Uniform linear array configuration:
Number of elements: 32
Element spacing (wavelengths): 0.25
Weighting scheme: hamming
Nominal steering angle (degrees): -45
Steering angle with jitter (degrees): -44.017
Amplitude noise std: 0.05
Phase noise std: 0.05

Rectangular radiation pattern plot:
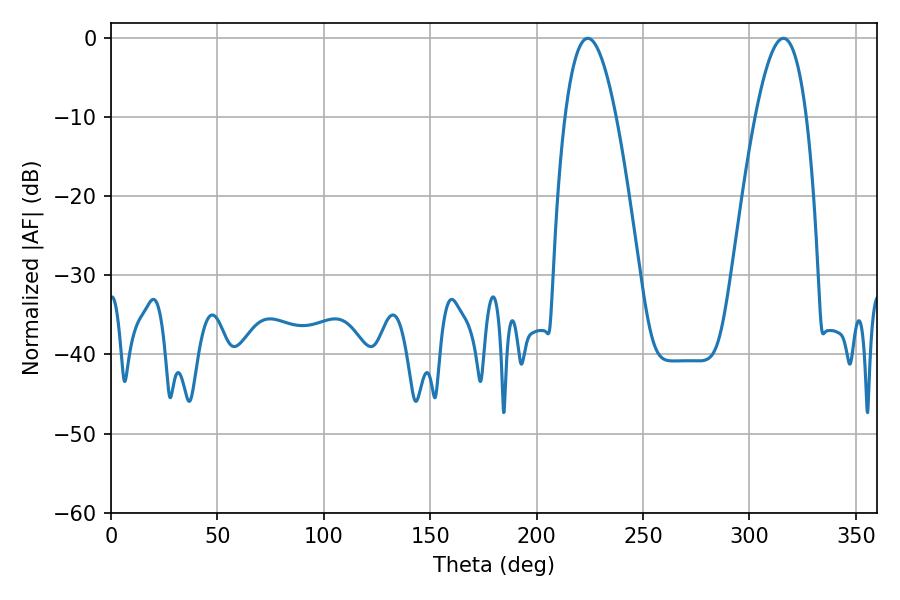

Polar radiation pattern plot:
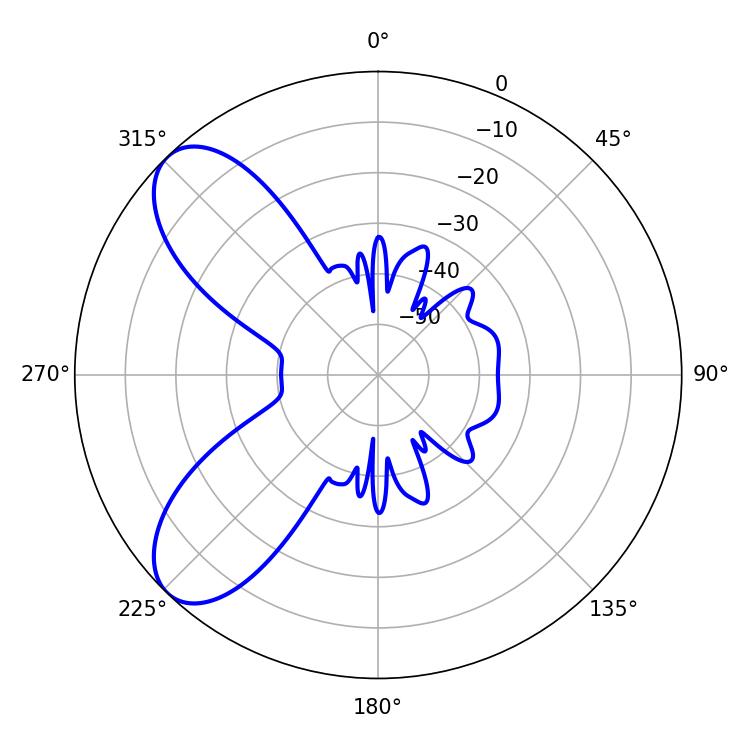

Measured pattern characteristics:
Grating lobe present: FALSE
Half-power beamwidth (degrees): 13.14
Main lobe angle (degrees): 224.1